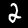
Digit: 2